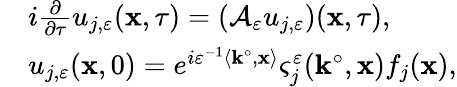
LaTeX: \begin{array}{rl}&{i\frac{\partial}{\partial\tau}u_{j,\varepsilon}(\mathbf{x},\tau)=(\mathcal{A}_{\varepsilon}u_{j,\varepsilon})(\mathbf{x},\tau),}\\ &{u_{j,\varepsilon}(\mathbf{x},0)=e^{i\varepsilon^{-1}\left\langle\mathbf{k}^{\circ},\mathbf{x}\right\rangle}\varsigma_{j}^{\varepsilon}(\mathbf{k}^{\circ},\mathbf{x})f_{j}(\mathbf{x}),}\end{array}